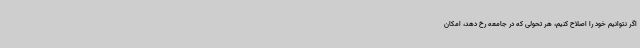
اگر نتوانیم خود را اصلاح کنیم، هر تحولی که در جامعه رخ دهد، امکان